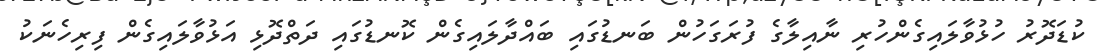
ކުޑަދޮރު ހުޅުވާލައިގެންހުރި ނާއިލާގެ ފުރަގަހުން ބަނޑުގައި ބައްދާލައިގެން ކޮނޑުގައި ދަތްދޮޅި އަޅުވާލައިގެން ފިރިހެނަކު